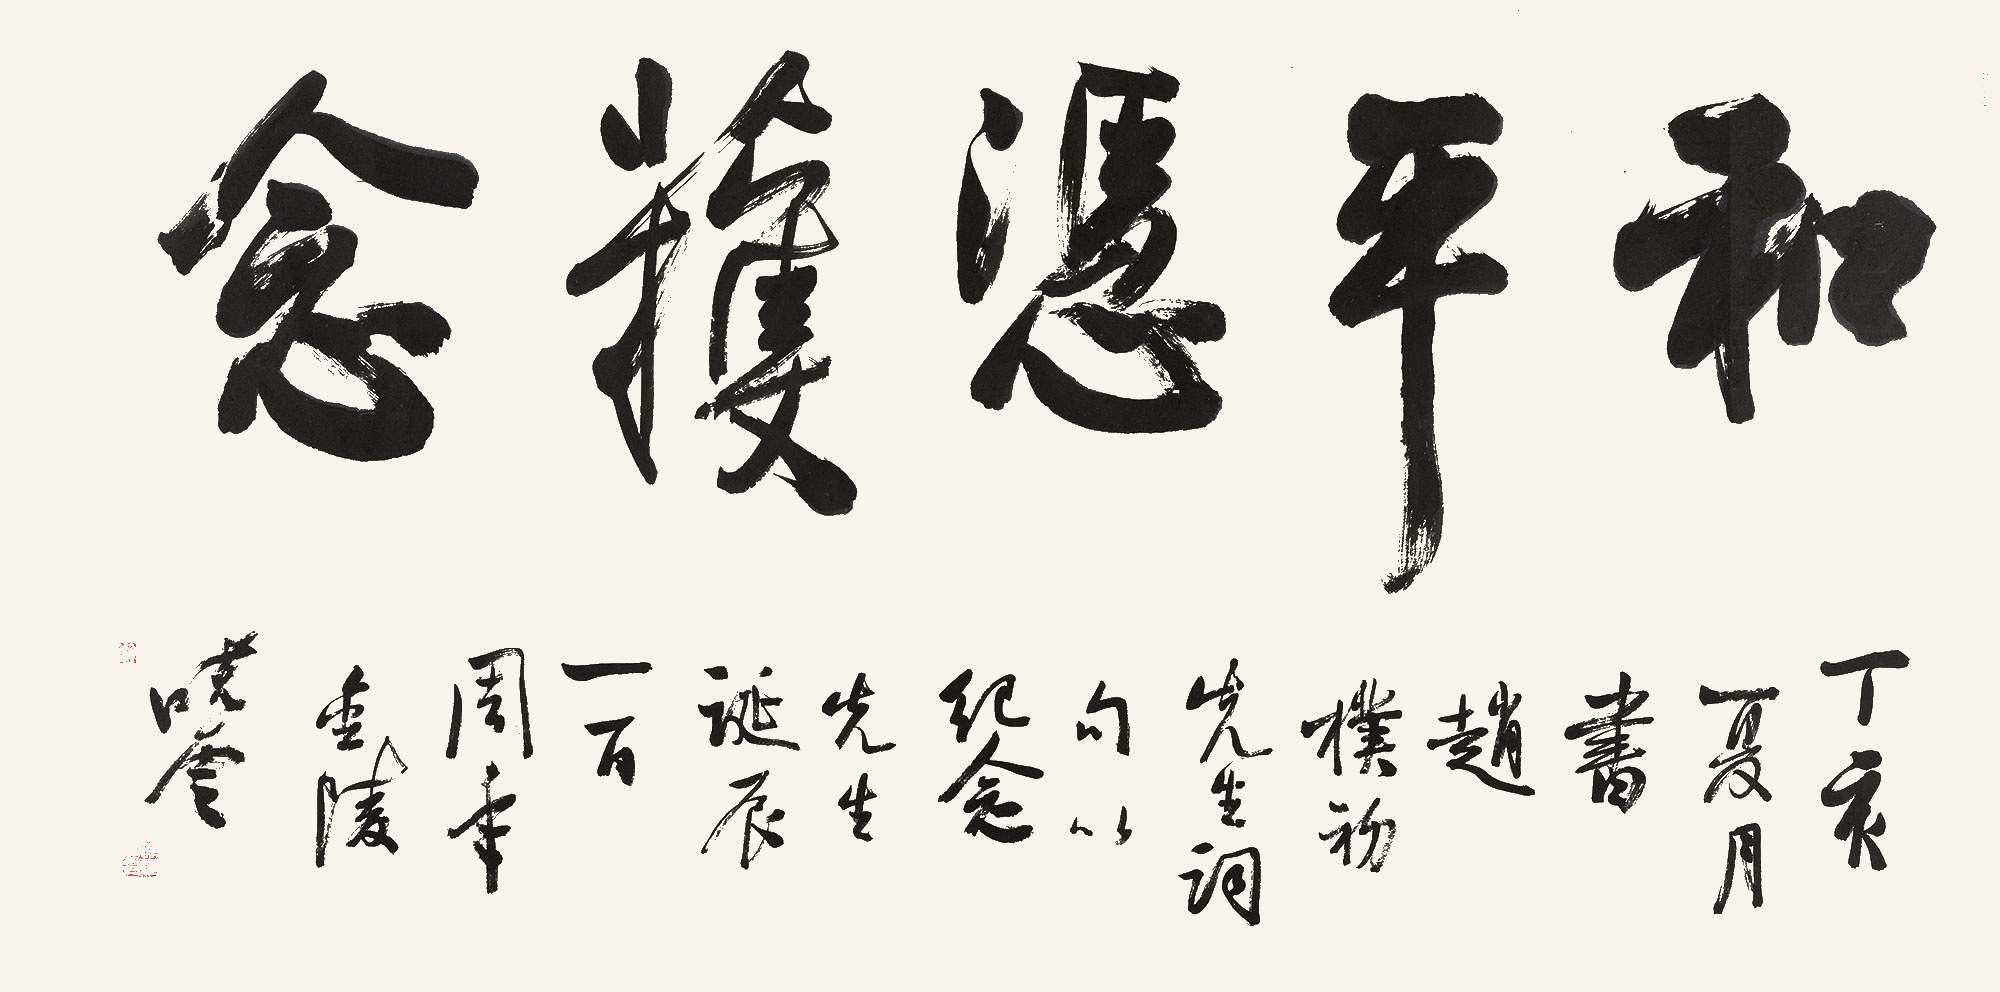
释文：和平凭获念丁亥夏月书赵朴初先生词句以纪念先生诞辰一百周年。金陵晓云。